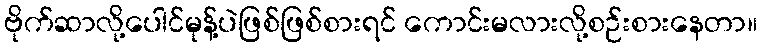
ဗိုက်ဆာလို့ပေါင်မုန့်ပဲဖြစ်ဖြစ်စားရင် ကောင်းမလားလို့စဉ်းစားနေတာ။